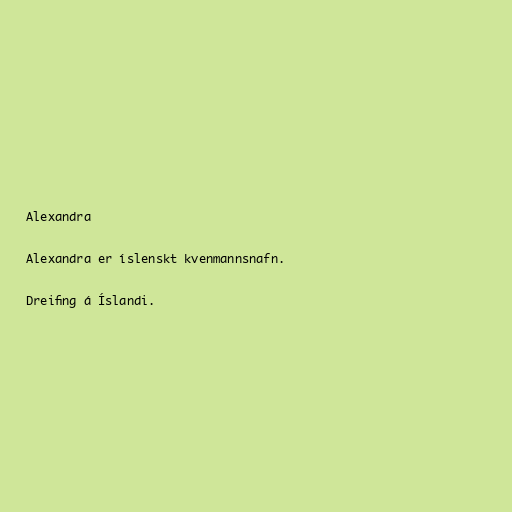
Alexandra

Alexandra er íslenskt kvenmannsnafn.

Dreifing á Íslandi.